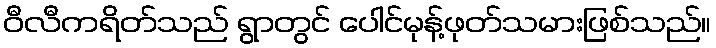
ဝီလီကရိတ်သည် ရွာတွင် ပေါင်မုန့်ဖုတ်သမားဖြစ်သည်။